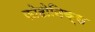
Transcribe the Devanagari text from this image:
फोटोनिक्स